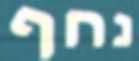
נחף